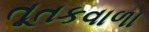
તૂતકવાળા